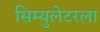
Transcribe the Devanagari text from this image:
सिम्युलेटरला